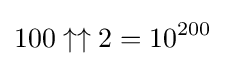
100\uparrow \uparrow 2=10^{200}